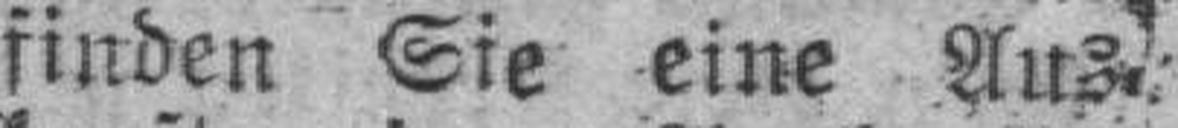
finden Sie eine Aus¬